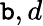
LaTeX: \mathtt{b},d